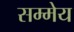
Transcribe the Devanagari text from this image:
सम्मेय